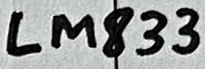
Text: LM833